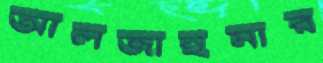
আলজাইমার